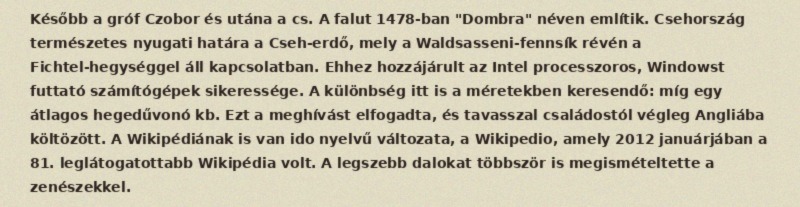
Később a gróf Czobor és utána a cs. A falut 1478-ban "Dombra" néven említik. Csehország természetes nyugati határa a Cseh-erdő, mely a Waldsasseni-fennsík révén a Fichtel-hegységgel áll kapcsolatban. Ehhez hozzájárult az Intel processzoros, Windowst futtató számítógépek sikeressége. A különbség itt is a méretekben keresendő: míg egy átlagos hegedűvonó kb. Ezt a meghívást elfogadta, és tavasszal családostól végleg Angliába költözött. A Wikipédiának is van ido nyelvű változata, a Wikipedio, amely 2012 januárjában a 81. leglátogatottabb Wikipédia volt. A legszebb dalokat többször is megismételtette a zenészekkel.